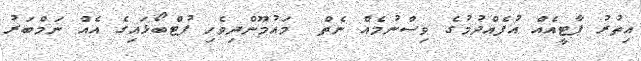
އިތުރު ޕާޓީއެއް އުފެއްދުމުގެ ވިސްނުމެއް ނެތް  މައުމޫންދިވެހި ފުޓްބޯޅައިގެ އެއް ނަމްބަރު